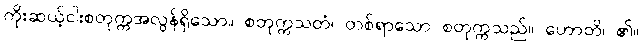
ကိုးဆယ့်ငါးစတုက္ကအလွန်ရှိသော။ စတုက္ကသတံ၊ တစ်ရာသော စတုက္ကသည်။ ဟောတိ၊ ၏။